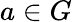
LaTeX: a\in G